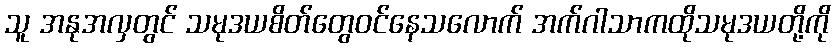
သူ အနုအလှတွင် သမုဒယစိတ်တွေဝင်နေသလောက် အက်ဂါသာကထိုသမုဒယတို့ကို